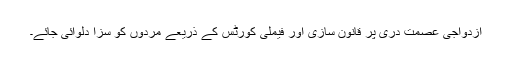
ازدواجی عصمت دری پر قانون سازی اور فیملی کورٹس کے ذریعے مردوں کو سزا دلوائی جائے۔